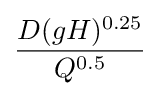
{\frac {D(gH)^{0.25}}{Q^{0.5}}}